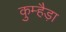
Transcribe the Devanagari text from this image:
कुम्हैड़ा